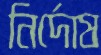
নির্দোষ